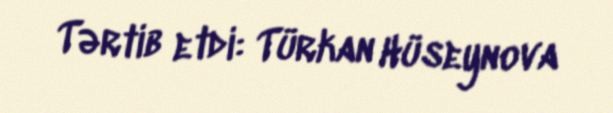
Tərtib etdi: Türkan Hüseynova